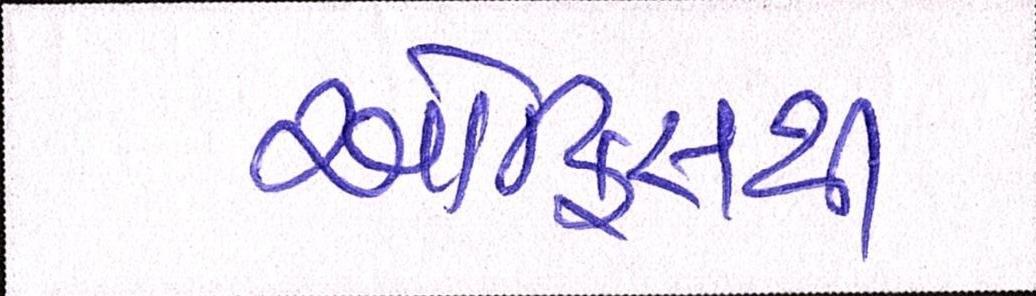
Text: ઓફિસથી